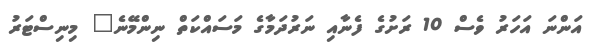
އަންނަ އަހަރު ވެސް 10 ރަށުގެ ފެނާއި ނަރުދަމާގެ މަސައްކަތް ނިންމޭނެ" މިނިސްޓަރު